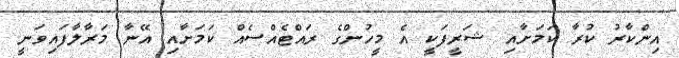
އިންކާރު ކުރާ ކަމަށާއި ޝަރީފަކީ އެ މީހުންގެ ރައްޓެއްސެއް ކަމަށާއި އޭނާ މަރާލާފައިވަނީ